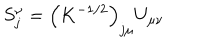
LaTeX: S _ { j } ^ { \nu } = \left( K ^ { - 1 / 2 } \right) _ { j \mu } U _ { \mu \nu }